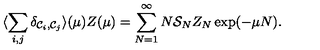
\protect \langle \sum _ { i , j } \delta _ { { \cal { C } } _ { i } , { \cal { C } } _ { j } } \rangle ( \mu ) Z ( \mu ) = \sum _ { N = 1 } ^ { \infty } N { \cal { S } } _ { N } Z _ { N } \exp ( - \mu N ) .